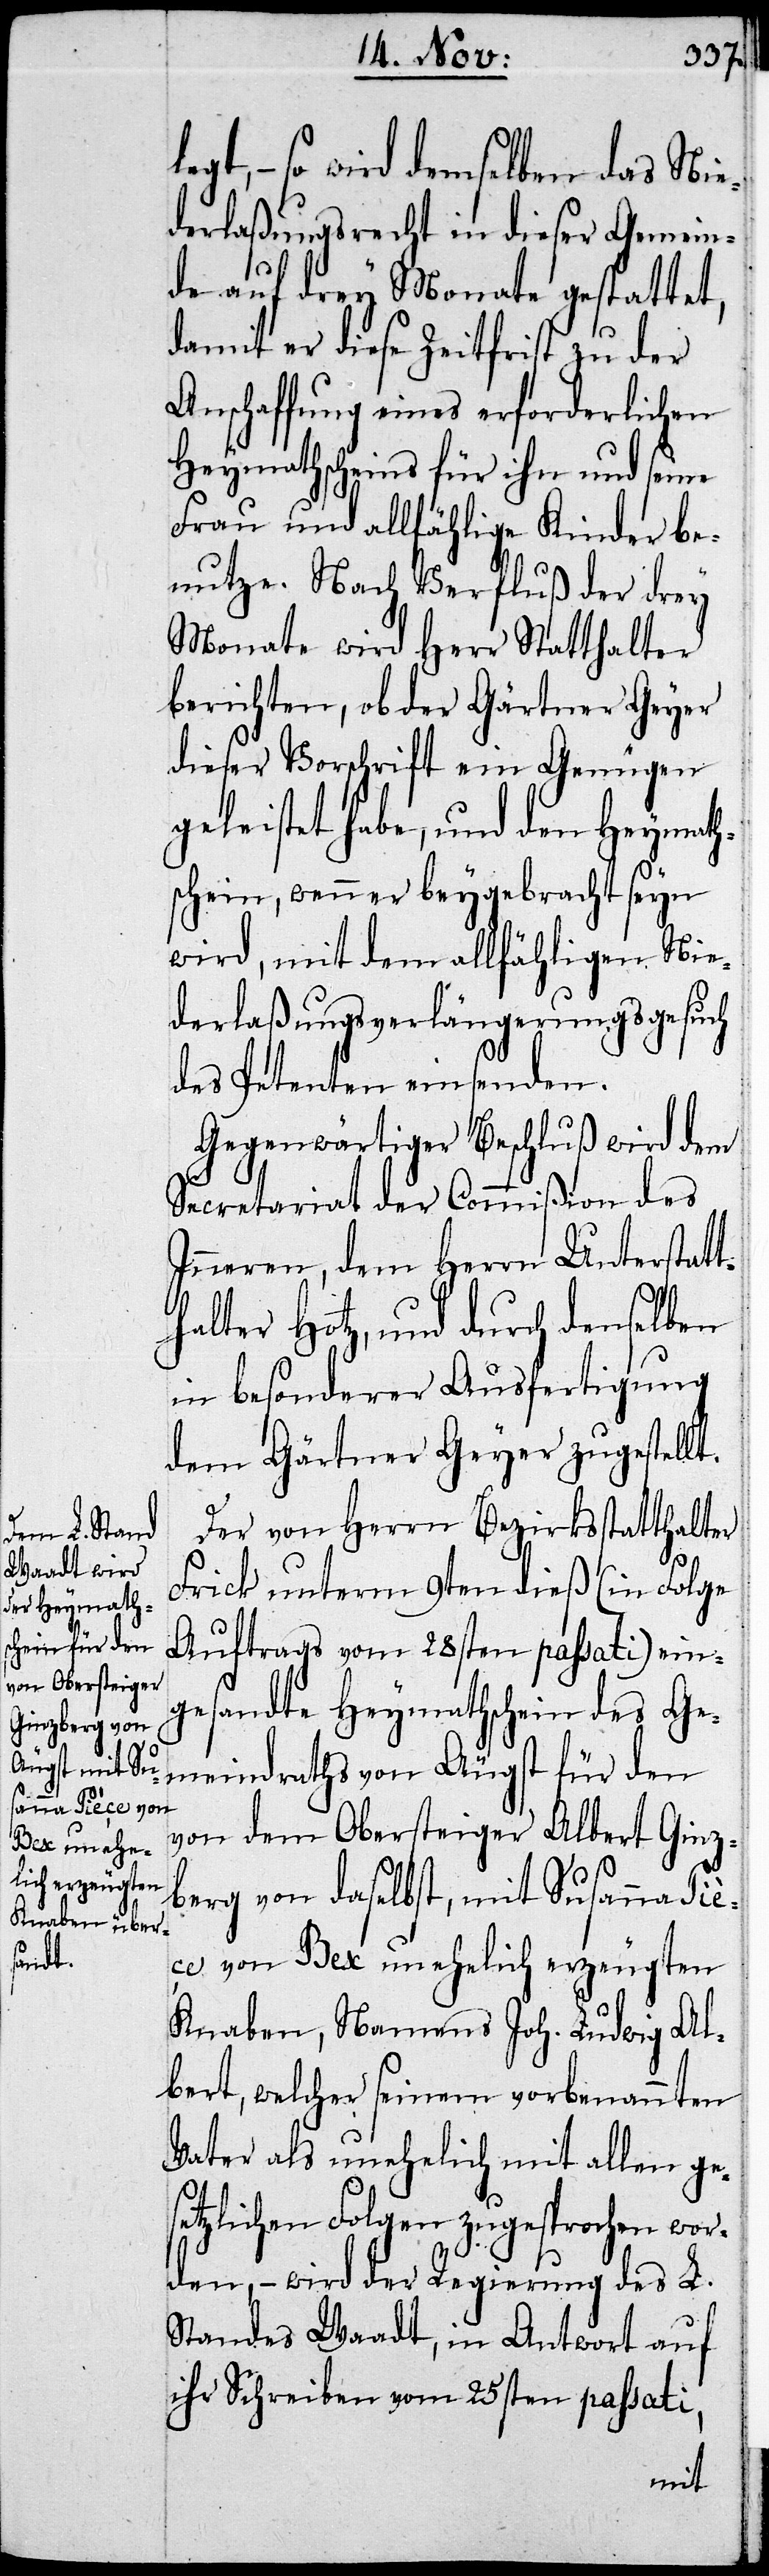
versehen, über¬
sandt.

so wird demselben das Nie¬
derlaßungsrecht in dieser Gemein¬
de auf drey Monathe gestattet,
damit er diese Zeitfrist zu der
Anschaffung eines erforderlichen
Heymathscheins für ihn und seine
Frau und allfählige Kinder be¬
nutze. Nach Verfluß der drey
Monathe wird Herr Statthalter
berichten, ob der Gärtner Geyer
dieser Vorschrift ein Genügen
geleistet habe, und den Heymath¬
schein, wenn er beygebracht seyn
wird, mit dem allfähligen Nie¬
derlaßungsverlängerungsgesuch
des Petenten einsenden.
Gegenwärtiger Beschluß wird dem
Secretariat der Commißion des
Inneren, dem Herrn Unterstatt¬
halter Hotz, und durch denselben
in besonderer Ausfertigung
dem Gärtner Geyer zugestellt.
Der von Herrn Bezirksstatthalter
Frick unterm 9ten dieß (in Folge
Auftrags vom 28sten passati) ein¬
gesandte Heymathschein des Ge¬
meinderaths von Äugst für den
von dem Obersteiger Albert Ginz¬
berg von daselbst, mit Susanna Pi¬
èce von Bex unehelich erzeugten
Knaben, Namens Joh. Ludwig Al¬
bert, welcher seinem vorbenannten
Vater als unehelich mit allen ge¬
setzlichen Folgen zugesprochen wor¬
den, – wird der Regierung des L.
Standes Waadt, in Antwort auf
ihr Schreiben vom 25sten passati,
mit